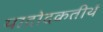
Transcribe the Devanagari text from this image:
पादोदकतीर्थ